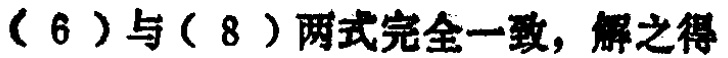
（6）与（8）两式完全一致，解之得